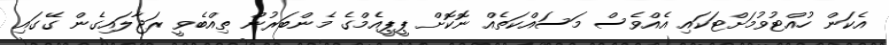
އެކަން ހުއްޓުވުމަށްޓަކައި އެއްވެސް މަސައްކަތެއް ނޮކޮށް ޕީޕީއެމްގެ މެންބަރުން ތިއްބެވީ ރަޖާލައިގެން ގޭގައި